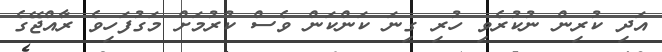
އަދި ކުރިން ނުކުރެވި ހުރި ގިނަ ކަންކަން ވެސް ކުރުމަށް މަގުފަހިވެ ރާއްޖޭގެ